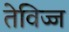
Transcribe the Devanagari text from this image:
तेविज्ज